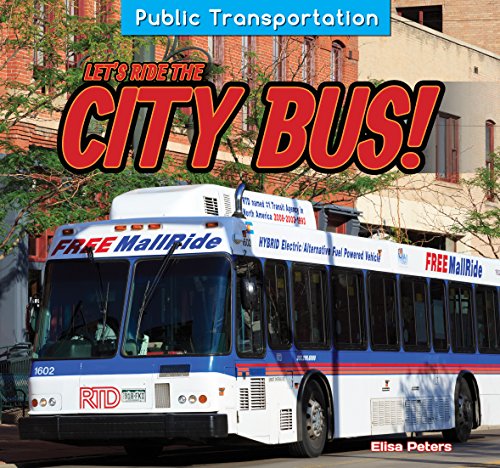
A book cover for Let's Ride the City Bus! (Public Transportation); Elisa Peters; Children's Books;